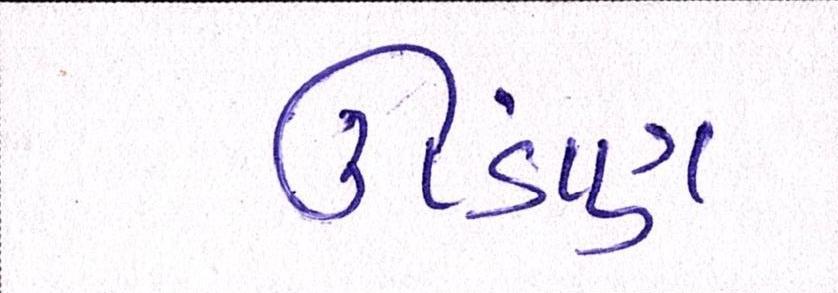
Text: ઊંડાણ